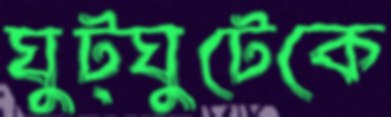
ঘুট্‌ঘুটেকে